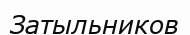
Затыльников